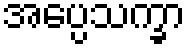
အပ္ပေသက္ခာ